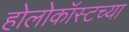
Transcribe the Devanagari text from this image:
होलोकॉस्टच्या